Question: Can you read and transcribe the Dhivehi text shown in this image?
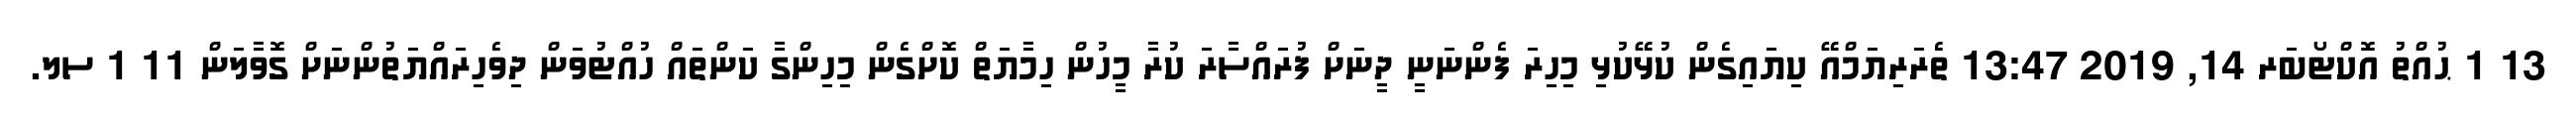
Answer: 13 1 ޙުއްތު އޮކްޓޯބަރ 14, 2019 13:47 ތެރަރިޔަމްއޭ ކިޔައިގެން ކުޅޭކުޅި މިހިރަ ފެންނަނީ ދީނަަށް ފުރައްސާރަ ކުރާ މީހުން ހިމާޔަތް ކޮށްގެން މިހިންގާ ކަންތައް ހުއްޓުވަން ދިވެހިރައްޔަތުންނަށް ގޮވާލަން 11 1 ސލ.